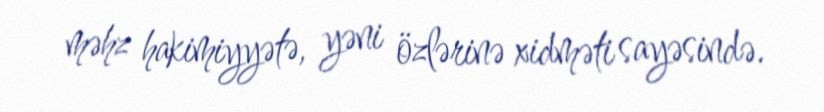
məhz hakimiyyətə, yəni özlərinə xidməti sayəsində.